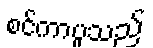
စင်ကာပူသည်